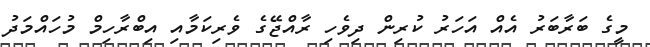
މީގެ ބަރާބަރު އެއް އަހަރު ކުރިން ދިވެހި ރާއްޖޭގެ ވެރިކަމާއި އިބްރާހިމް މުހައްމަދު